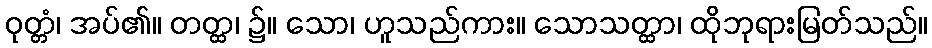
ဝုတ္တံ၊ အပ်၏။ တတ္ထ၊ ၌။ သော၊ ဟူသည်ကား။ သောသတ္ထာ၊ ထိုဘုရားမြတ်သည်။